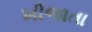
ખીજાતા